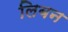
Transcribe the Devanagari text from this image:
लिबन